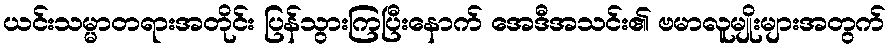
ယင်းသမ္မာတရားအတိုင်း ပြန်သွားကြပြီးနောက် အေဒီအသင်း၏ ဗမာလူမျိုးများအတွက်